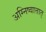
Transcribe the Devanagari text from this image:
अग्निष्वात्तात्